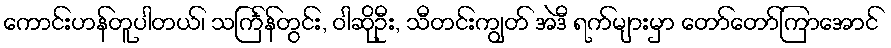
ကောင်းဟန်တူပါတယ်၊ သင်္ကြန်တွင်း, ဝါဆိုဦး, သီတင်းကျွတ် အဲဒီ ရက်များမှာ တော်တော်ကြာအောင်